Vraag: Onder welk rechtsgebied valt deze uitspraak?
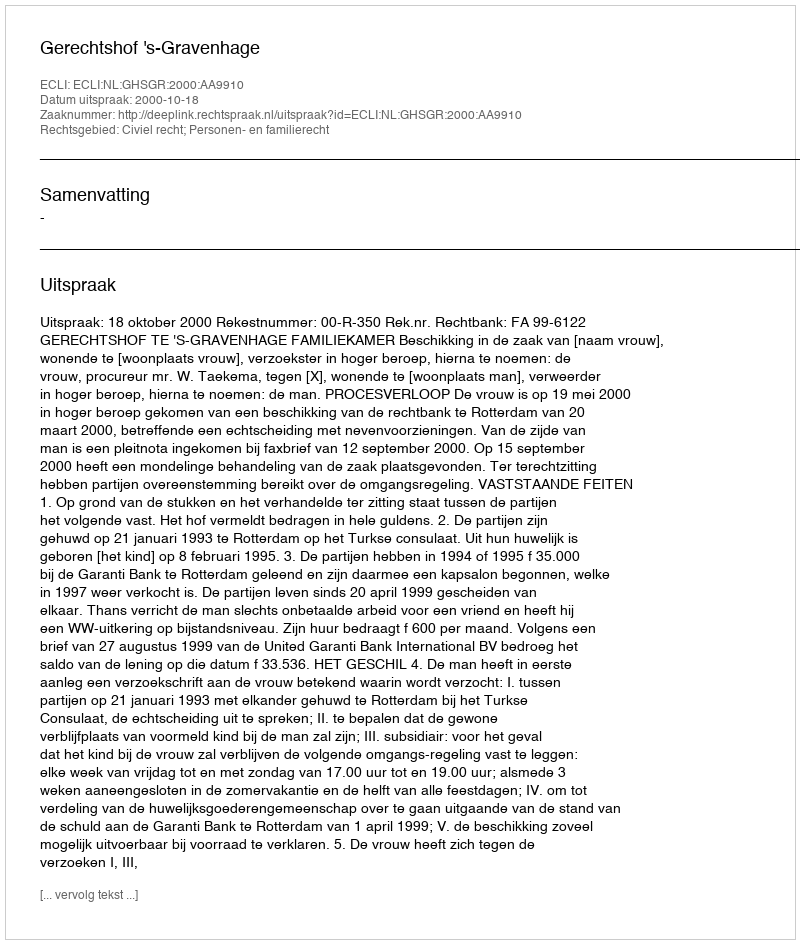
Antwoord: Civiel recht; Personen- en familierecht